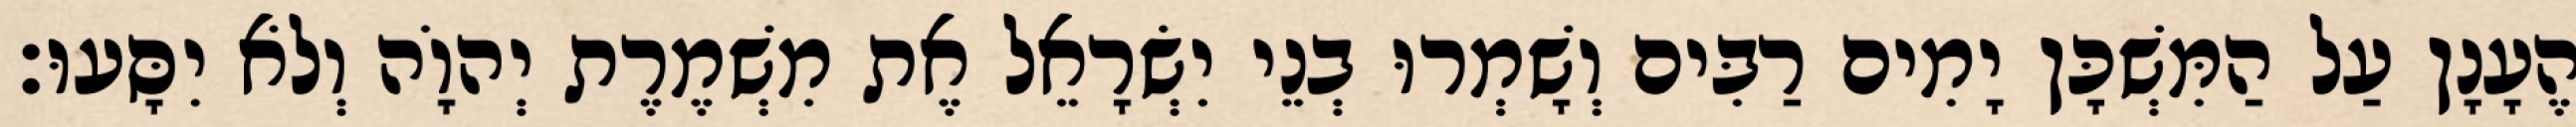
הֶעָנָן עַל הַמִּשְׁכָּן יָמִים רַבִּים וְשָׁמְרוּ בְנֵי יִשְׂרָאֵל אֶת מִשְׁמֶרֶת יְהוָֹה וְלֹא יִסָּעוּ׃